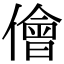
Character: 儈